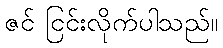
ဇင် ငြင်းလိုက်ပါသည်။